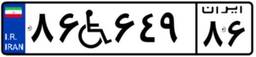
۹۴W۴۳۲۵۹